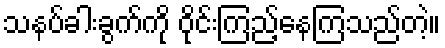
သနပ်ခါးခွက်ကို ဝိုင်းကြည့်နေကြသည်တဲ့။